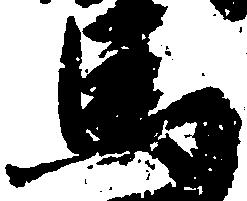
馬